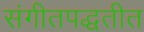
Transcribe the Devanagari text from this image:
संगीतपद्धतीत